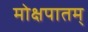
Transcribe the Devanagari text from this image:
मोक्षपातम्